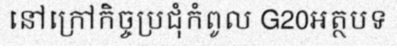
នៅក្រៅកិច្ចប្រជុំកំពូល G20អត្ថបទ